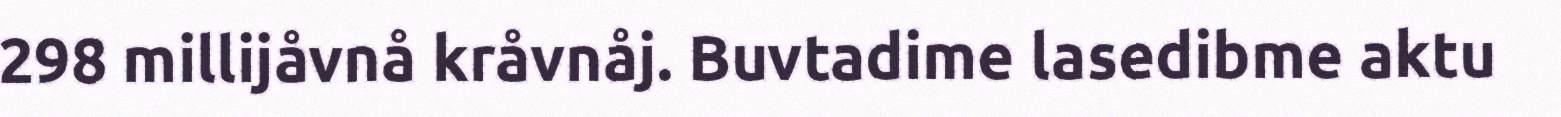
298 millijåvnå kråvnåj. Buvtadime lasedibme aktu